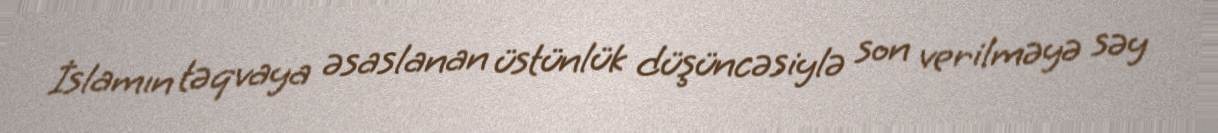
İslamın təqvaya əsaslanan üstünlük düşüncəsiylə son verilməyə səy